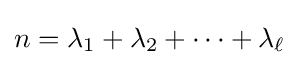
n=\lambda _{1}+\lambda _{2}+\cdots +\lambda _{\ell }